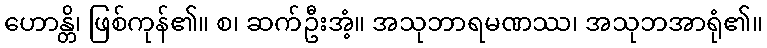
ဟောန္တိ၊ ဖြစ်ကုန်၏။ စ၊ ဆက်ဦးအံ့။ အသုဘာရမဏဿ၊ အသုဘအာရုံ၏။